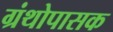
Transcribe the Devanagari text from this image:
ग्रंथोपासक